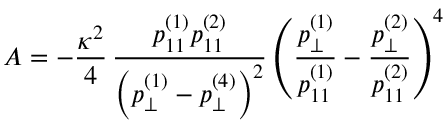
A = - \frac { \kappa ^ { 2 } } { 4 } \, \frac { p _ { 1 1 } ^ { ( 1 ) } p _ { 1 1 } ^ { ( 2 ) } } { \left( p _ { \perp } ^ { ( 1 ) } - p _ { \perp } ^ { ( 4 ) } \right) ^ { 2 } } \left( \frac { p _ { \perp } ^ { ( 1 ) } } { p _ { 1 1 } ^ { ( 1 ) } } - \frac { p _ { \perp } ^ { ( 2 ) } } { p _ { 1 1 } ^ { ( 2 ) } } \right) ^ { 4 }